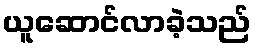
ယူဆောင်လာခဲ့သည်